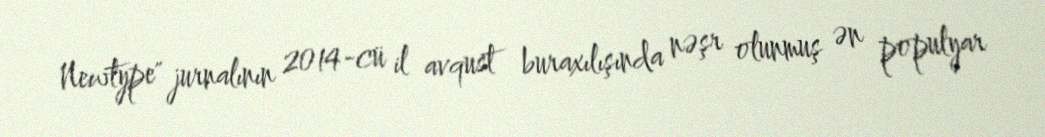
Newtype" jurnalının 2014-cü il avqust buraxılışında nəşr olunmuş ən populyar